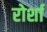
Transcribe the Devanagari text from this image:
रोर्शा